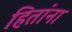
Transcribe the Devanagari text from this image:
हितांना